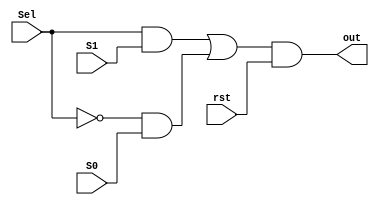
module Mux_2_1(input S0,S1,Sel,rst,output out);
assign out = ((Sel && S1) || ((!Sel) && S0))&& rst ;
endmodule